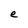
Character: e